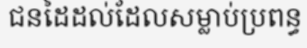
ជនដៃដល់ដែលសម្លាប់ប្រពន្ធ